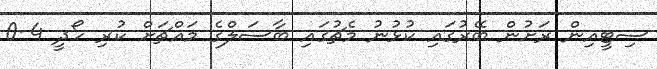
ސިޓީއިން ރަށުން ބޭރުގައި ކުޅުނު މެޗުގައި ބާސަލްގެ މައްޗަަށް ކުރި ހޯދީ 4-0